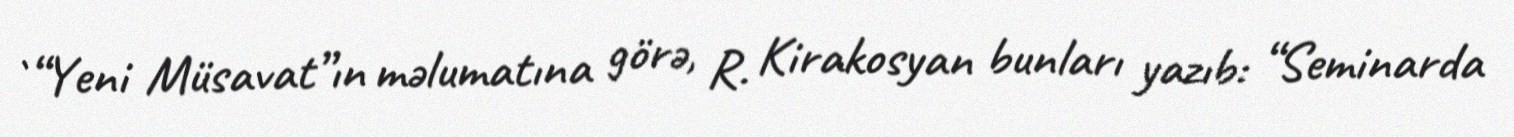
`“Yeni Müsavat”ın məlumatına görə, R. Kirakosyan bunları yazıb: “Seminarda